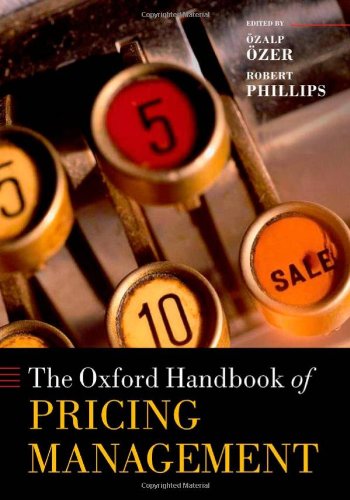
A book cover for The Oxford Handbook of Pricing Management (Oxford Handbooks in Finance); Ozalp Ozer; Business & Money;